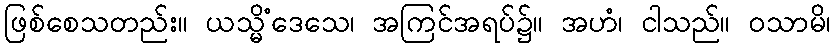
ဖြစ်စေသတည်း။ ယသ္မိံဒေသေ၊ အကြင်အရပ်၌။ အဟံ၊ ငါသည်။ ဝသာမိ၊